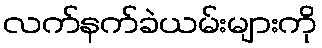
လက်နက်ခဲယမ်းများကို